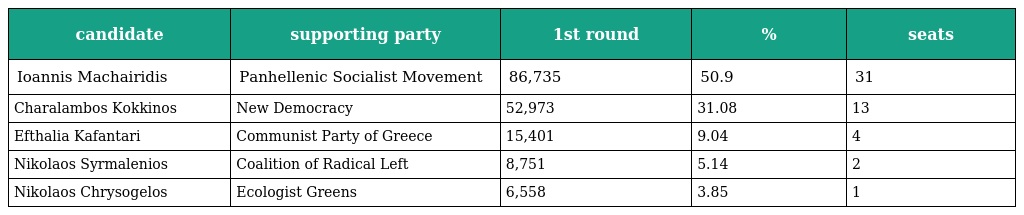
| candidate | supporting party | 1st round | % | seats |
 | --- | --- | --- | --- | --- |
 | Ioannis Machairidis | Panhellenic Socialist Movement | 86,735 | 50.9 | 31 |
 | Charalambos Kokkinos | New Democracy | 52,973 | 31.08 | 13 |
 | Efthalia Kafantari | Communist Party of Greece | 15,401 | 9.04 | 4 |
 | Nikolaos Syrmalenios | Coalition of Radical Left | 8,751 | 5.14 | 2 |
 | Nikolaos Chrysogelos | Ecologist Greens | 6,558 | 3.85 | 1 |